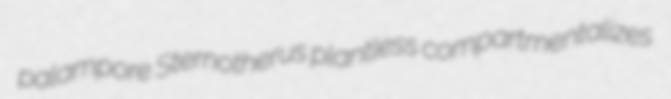
palampore Sternotherus plantless compartmentalizes